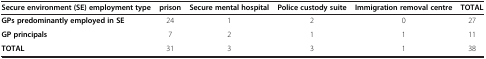
| Secure environment (SE) employment type | prison | Secure mental hospital | Police custody suite | Immigration removal centre | TOTAL |
 | --- | --- | --- | --- | --- | --- |
 | GPs predominantly employed in SE | 24 | 1 | 2 | 0 | 27 |
 | GP principals | 7 | 2 | 1 | 1 | 11 |
 | TOTAL | 31 | 3 | 3 | 1 | 38 |